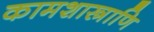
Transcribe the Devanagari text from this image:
कामशास्त्राणि